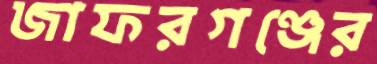
জাফরগঞ্জের